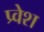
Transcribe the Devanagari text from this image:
प्र्वेश